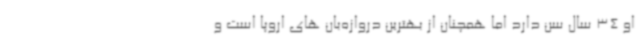
او 34 سال سن دارد اما همچنان از بهترین دروازه‌بان های اروپا است و